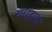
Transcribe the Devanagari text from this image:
व्याहना